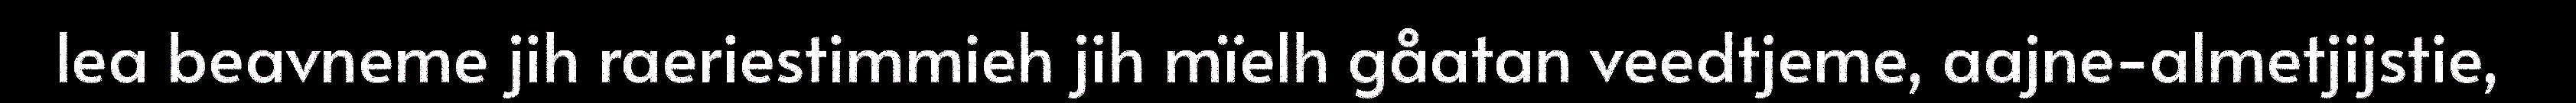
lea beavneme jih raeriestimmieh jih mïelh gåatan veedtjeme, aajne-almetjijstie,